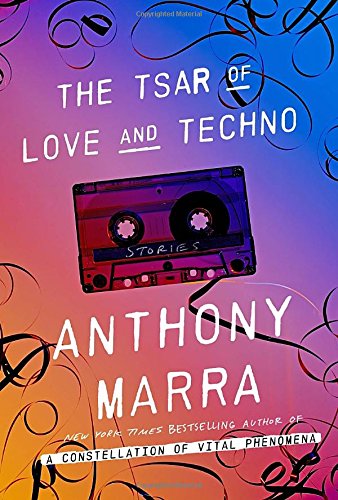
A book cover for The Tsar of Love and Techno: Stories; Anthony Marra; Literature & Fiction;